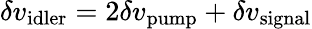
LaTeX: \delta{v_{\mathrm{idler}}}=2\delta{v_{\mathrm{pump}}}+\delta{v_{\mathrm{signal}}}